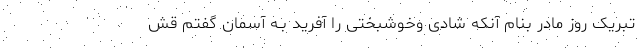
تبریک روز مادر بنام آنکه شادی وخوشبختی را آفرید بـه آسمان گفتم قش